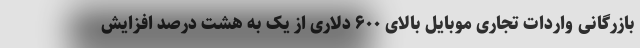
بازرگانی واردات تجاری موبایل بالای ۶۰۰ دلاری از یک به هشت درصد افزایش